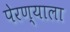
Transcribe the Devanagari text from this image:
पेरण्याला